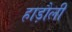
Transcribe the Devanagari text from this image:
हाड़ौली